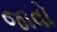
જાવો